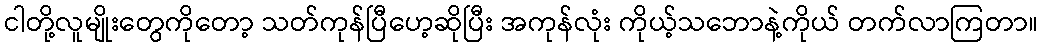
ငါတို့လူမျိုးတွေကိုတော့ သတ်ကုန်ပြီဟေ့ဆိုပြီး အကုန်လုံး ကိုယ့်သဘောနဲ့ကိုယ် တက်လာကြတာ။